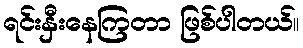
ရင်းနှီးနေကြတာ ဖြစ်ပါတယ်။